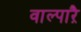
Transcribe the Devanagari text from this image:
वाल्पाऱै